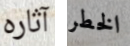
آثاره الخطر